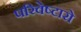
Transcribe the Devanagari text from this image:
परिवेष्टारो